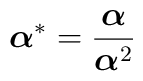
{\mbox{\boldmath $\alpha$}}^* = {{\mbox{\boldmath $\alpha$}} \over {\mbox{\boldmath $\alpha$}}^2}